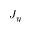
J _ { y }